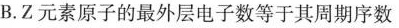
B.Z元素原子的最外层电子数等于其周期序数